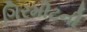
ગિરમીટની